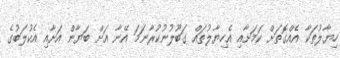
ހިޔާލުތަކާ އެއްގޮތަށް ކަމަށާއި އެހިޔާލުތައް ގަބޫލުނުކުރާނަމަ އޭނާ އަށް ބަޔާން އަށާއި އެކުލަބުގެ